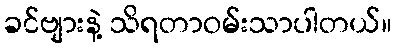
ခင်ဗျားနဲ့ သိရတာဝမ်းသာပါတယ်။